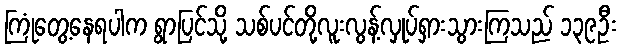
ကြုံတွေ့နေရပါက ရွာပြင်သို့ သစ်ပင်တို့လူးလွန့်လှုပ်ရှားသွားကြသည် ၁၃၉ဦး